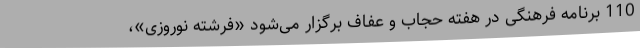
110 برنامه فرهنگی در هفته حجاب و عفاف برگزار می‌شود «فرشته نوروزی»،